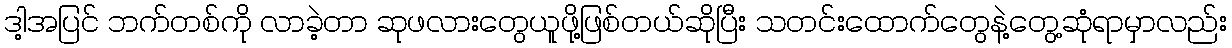
ဒါ့အပြင် ဘက်တစ်ကို လာခဲ့တာ ဆုဖလားတွေယူဖို့ဖြစ်တယ်ဆိုပြီး သတင်းထောက်တွေနဲ့တွေ့ဆုံရာမှာလည်း